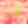
قد